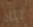
تلك